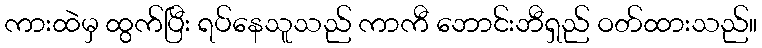
ကားထဲမှ ထွက်ပြီး ရပ်နေသူသည် ကာကီ ဘောင်းဘီရှည် ဝတ်ထားသည်။